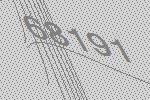
68191